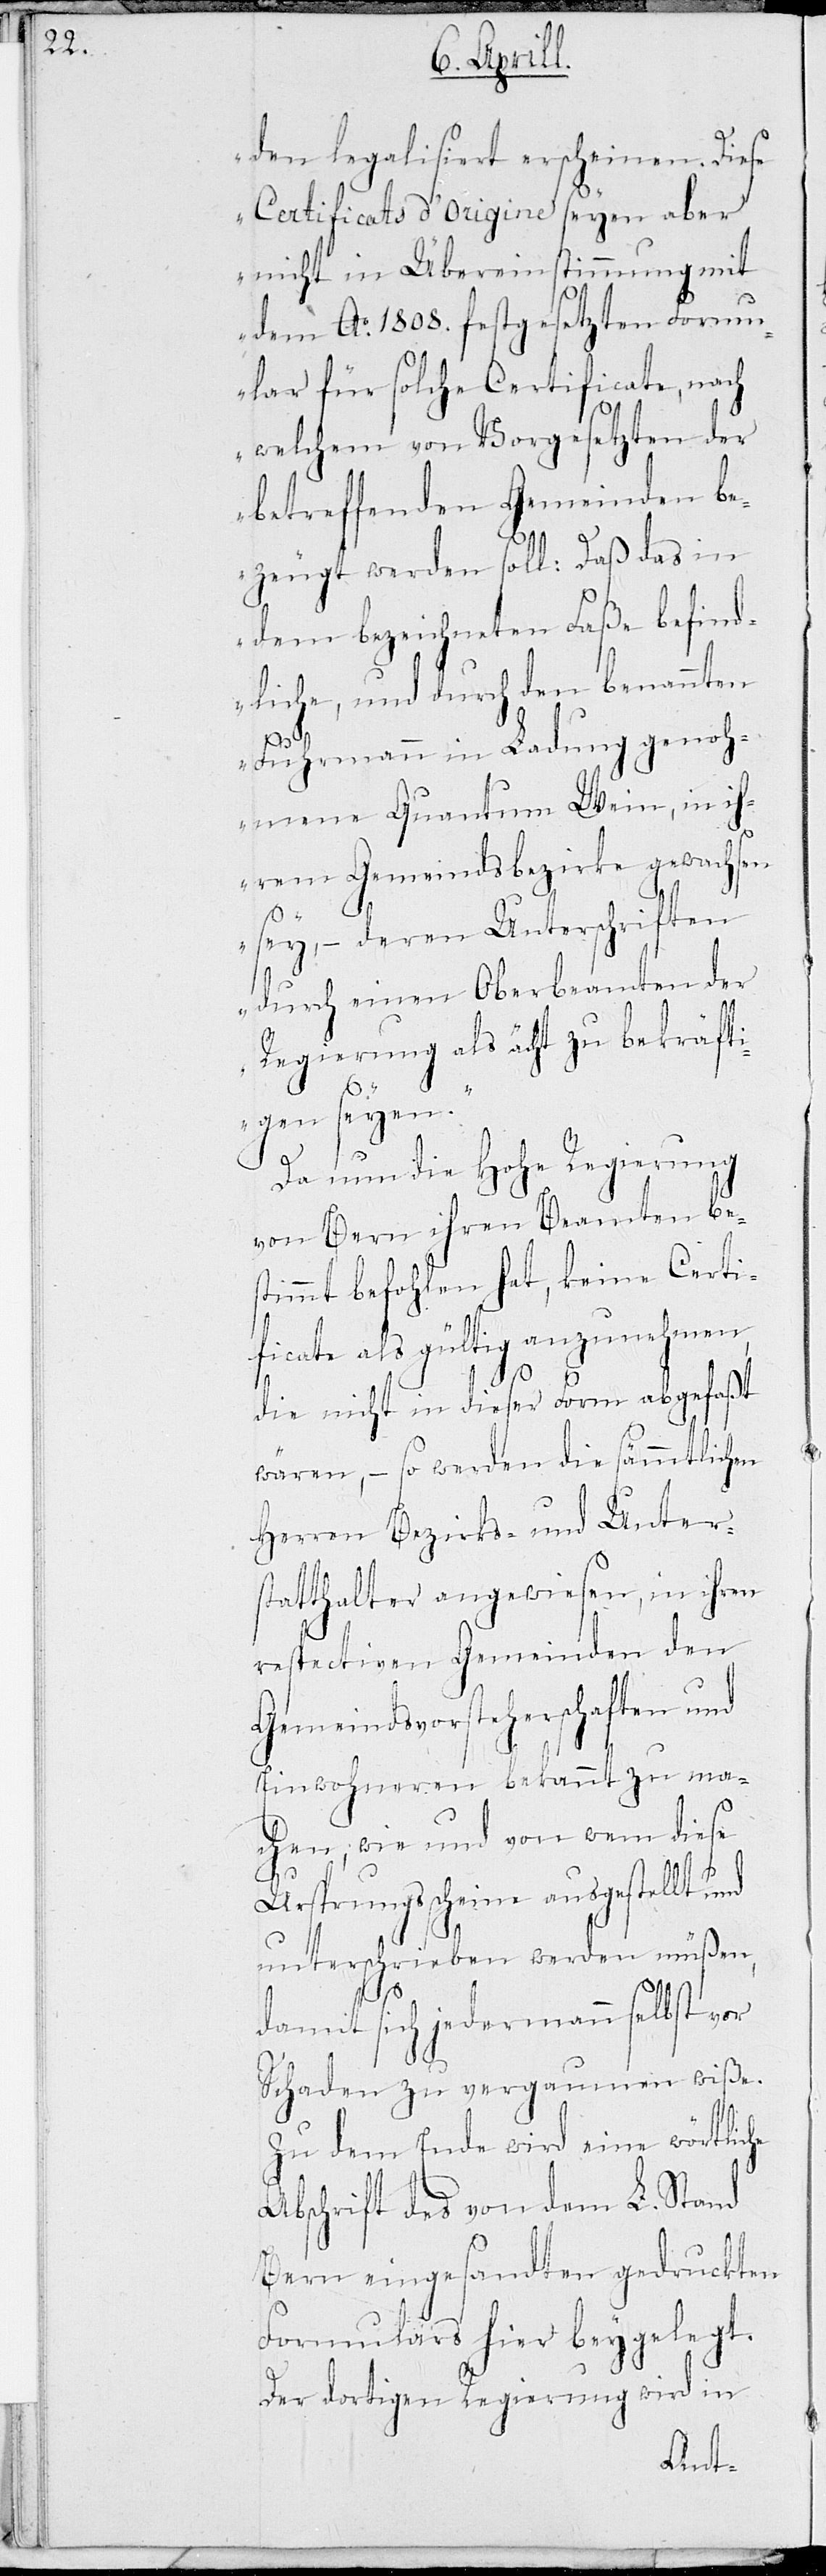
den legalisiert erscheinen. Diese
Certificats d’Origine seyen aber
nicht in Übereinstimmung mit
dem Ao. 1808. festgesetzten Formu¬
lar für solche Certificate, nach
welchem von Vorgesetzten der
betreffenden Gemeinden be¬
zeugt werden soll: Daß das in
dem bezeichneten Faße befind¬
liche, und durch den benannten
Fuhrmann in Ladung genoh¬
menen Quantum Wein, in ih¬
rem Gemeindsbezirke gewachsen
sey, – deren Unterschriften
durch einen Oberbeamten der
Regierung als ächt zu bekräfti¬
gen seyen.“
Da nun die Hohe Regierung
von Bern ihren Beamten be¬
stimmt befohlen hat, keine Certi¬
ficate als gültig anzunehmen,
die nicht in dieser Form abgefaßt
wären, – so werden die sämtlichen
Herren Bezirks- und Unter¬
statthalter angewiesen, in ihren
respectiven Gemeinden den
Gemeindsvorsteherschaften und
Einwohneren bekannt zu ma¬
chen, wie und von wem diese
Ursprungsscheine ausgestellt und
unterschrieben werden müßen,
damit sich jedermann selbst vor
Schaden zu vergaumen wiße.
Zu dem Ende wird eine wörtliche
Abschrift des von dem L. Stand
Bern eingesandten gedruckten
Formulars hier beygelegt.
Der dortigen Regierung wird in